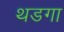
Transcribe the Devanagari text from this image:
थडगा